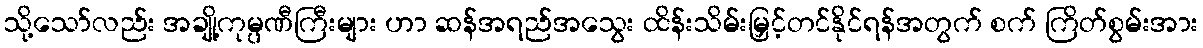
သို့သော်လည်း အချို့ကုမ္ပဏီကြီးများ ဟာ ဆန်အရည်အသွေး ထိန်းသိမ်းမြှင့်တင်နိုင်ရန်အတွက် စက် ကြိတ်စွမ်းအား